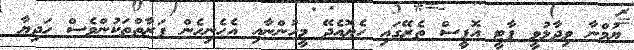
ޔުމްނާ ވިދާޅުވީ ޕާޓީ އޮފީސް ތެރޭގައި ހެޔޮއެދޭ މީހުންނާއި އެހެނިހެން ފަރާތްތަކުންވެސް ހަދިޔާ